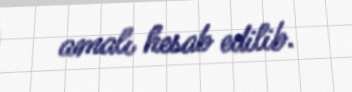
amalı hesab edilib.